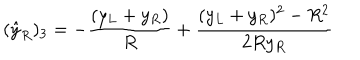
( { \hat { y } } _ { R } ) _ { 3 } = - { \frac { ( y _ { L } + y _ { R } ) } { R } } + { \frac { ( y _ { L } + y _ { R } ) ^ { 2 } - R ^ { 2 } } { 2 R y _ { R } } }